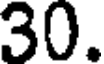
30.